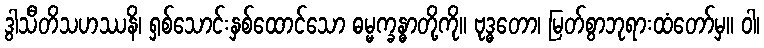
ဒွါသီတိသဟဿနိ၊ ရှစ်သောင်းနှစ်ထောင်သော ဓမ္မက္ခန္ဓာတို့ကို။ ဗုဒ္ဓတော၊ မြတ်စွာဘုရားထံတော်မှ။ ဝါ၊